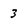
Character: 3